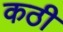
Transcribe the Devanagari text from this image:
कठी